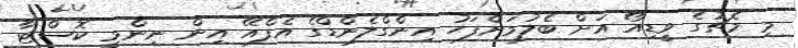
މި މެޗުގެ ވީޑިއޯ އަށް ބެލުމަށްފަހު އިންގްލެންޑްގެ އެފްއޭ އިން ނިންމީ ކޮސްޓާ